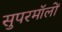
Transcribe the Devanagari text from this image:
सुपरमॉलों